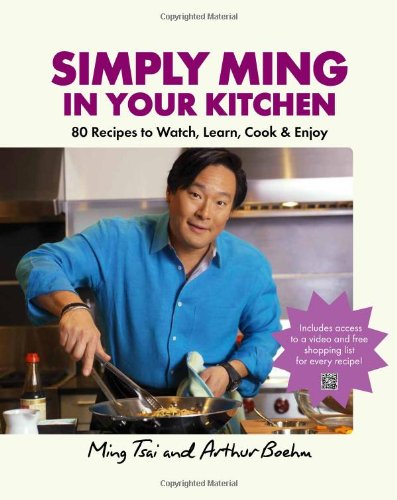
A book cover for Simply Ming in Your Kitchen: 80 Recipes to Watch, Learn, Cook & Enjoy; Ming Tsai; Cookbooks, Food & Wine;